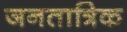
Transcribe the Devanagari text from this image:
जनतात्रिक